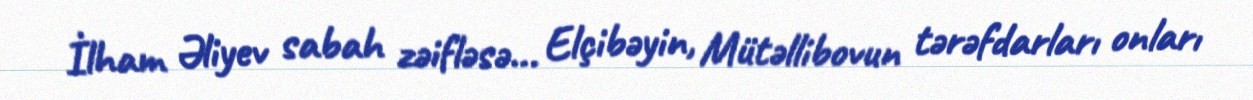
İlham Əliyev sabah zəifləsə... Elçibəyin, Mütəllibovun tərəfdarları onları